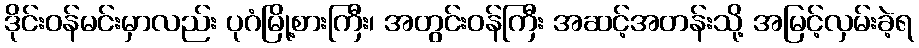
ဒိုင်းဝန်မင်းမှာလည်း ပုဂံမြို့စားကြီး၊ အတွင်းဝန်ကြီး အဆင့်အတန်းသို့ အမြင့်လှမ်းခဲ့ရ